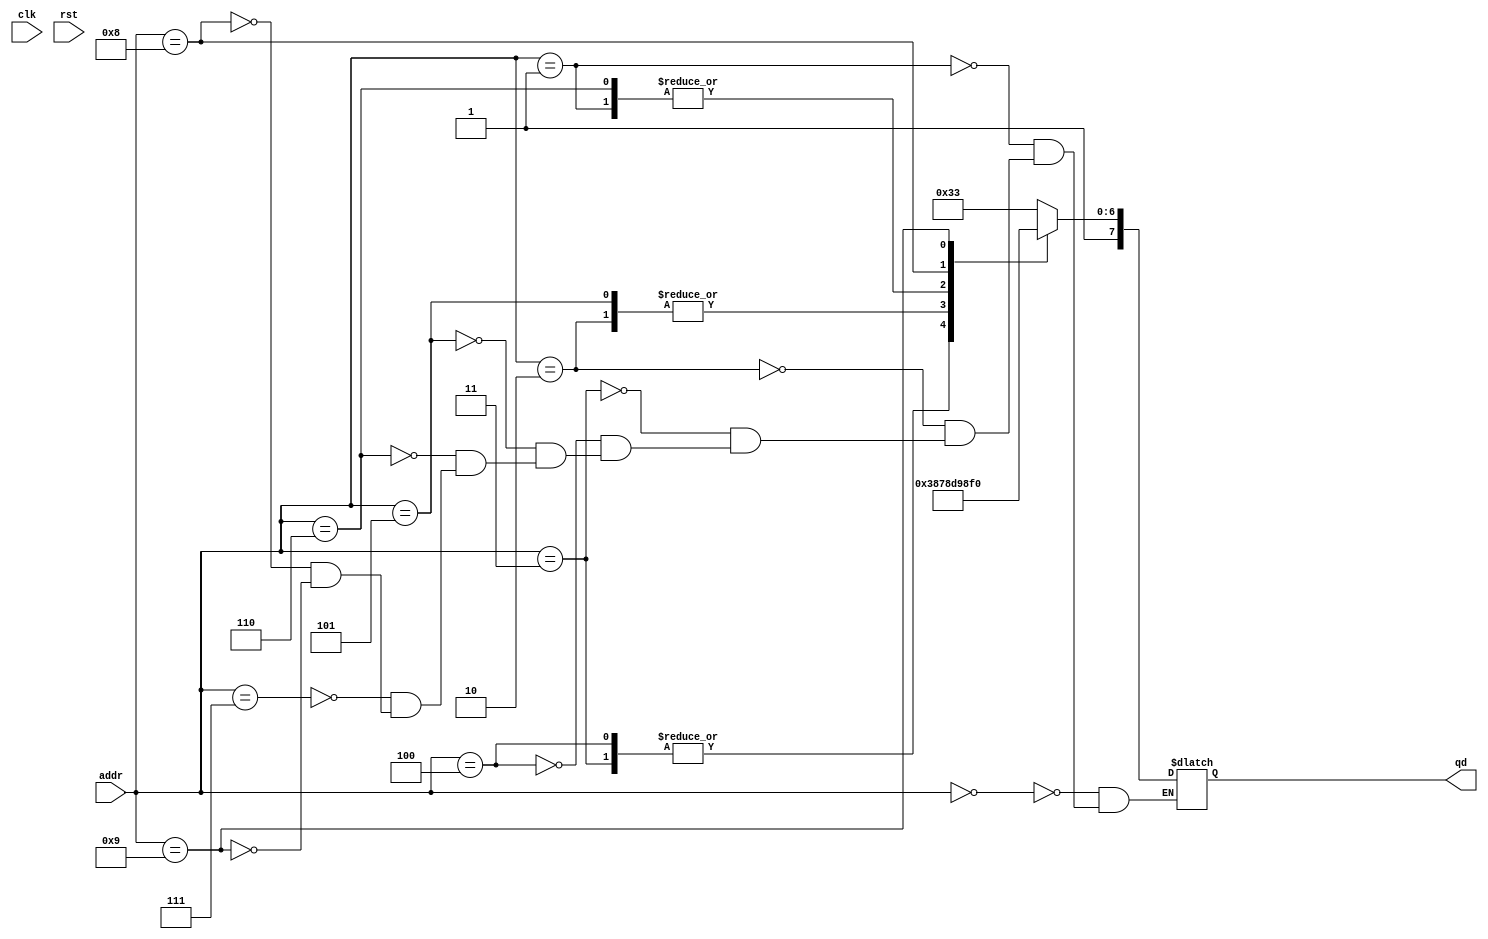
module rom(
    input clk, rst,
    input [3:0] addr,
    output reg[7:0] qd
);

always @* begin
    case(addr)
        4'b0000: qd <= 8'b10110011;
        4'b0001: qd <= 8'b10110110;
        4'b0010: qd <= 8'b10111100;
        4'b0011: qd <= 8'b10111000;
        4'b0100: qd <= 8'b10111000;
        4'b0101: qd <= 8'b10111100;
        4'b0110: qd <= 8'b10110110;
        4'b0111: qd <= 8'b10110011;
        4'b1000: qd <= 8'b10110001;
        4'b1001: qd <= 8'b11110000;
    endcase
end

endmodule